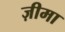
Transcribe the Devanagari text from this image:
ज़ीमा